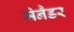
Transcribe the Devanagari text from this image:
मेनैडर